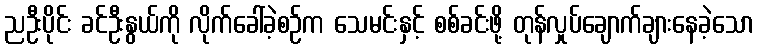
ညဦးပိုင်း ခင်ဦးနွယ်ကို လိုက်ခေါ်ခဲ့စဉ်က သေမင်းနှင့် စစ်ခင်းဖို့ တုန်လှုပ်ချောက်ချားနေခဲ့သော